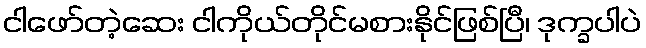
ငါဖော်တဲ့ဆေး ငါကိုယ်တိုင်မစားနိုင်ဖြစ်ပြီ၊ ဒုက္ခပါပဲ